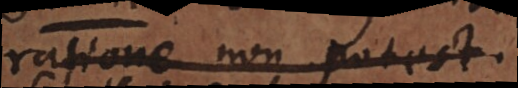
ratione non potest.